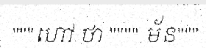
"""ហៅ ថា """" ម័ន"""